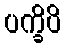
ပက္ခိပိ